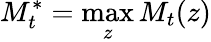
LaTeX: M_{t}^{\ast}=\operatorname*{max}_{z}M_{t}(z)